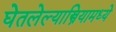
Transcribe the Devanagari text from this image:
घेतलेल्यास्त्रियामध्ये